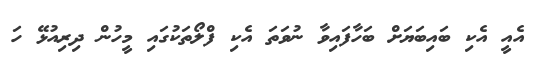
އެއީ އެކި ބައިބަޔަށް ބަހާފައިވާ ނުވަތަ އެކި ފްލޯތަކުގައި މީހުން ދިރިއުޅޭ ހަ